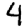
Digit: 4